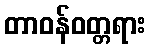
တာဝန်ဝတ္တရား